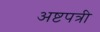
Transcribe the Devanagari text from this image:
अष्टपत्री